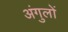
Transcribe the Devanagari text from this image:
अंगुलों